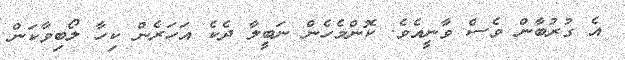
އެ ގުރުބާން ވެސް ވާނީއެވެ. ކޮންމެހެން ނަބީލާ ދެކެ އަހަރެން ކިހާ ލޯބިވާކަން